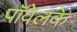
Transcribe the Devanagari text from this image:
पॉवेलके